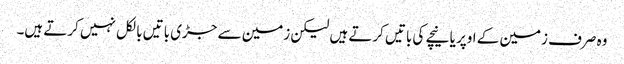
وہ صرف زمین کے اوپر یا نیچے کی باتیں کرتے ہیں لیکن زمین سے جڑی باتیں بالکل نہیں کرتے ہیں۔